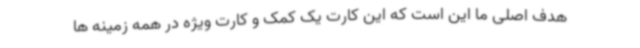
هدف اصلی ما این است که این کارت یک کمک و کارت ویژه در همه زمینه ها